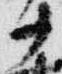
十